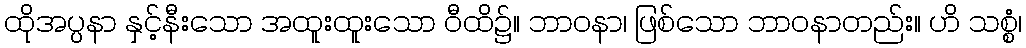
ထိုအပ္ပနာ နှင့်နီးသော အထူးထူးသော ဝီထိ၌။ ဘာဝနာ၊ ဖြစ်သော ဘာဝနာတည်း။ ဟိ သစ္စံ၊